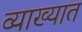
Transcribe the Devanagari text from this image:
व्याख्यात